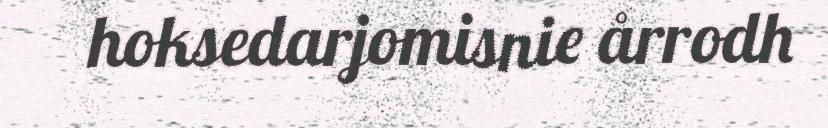
hoksedarjomisnie årrodh